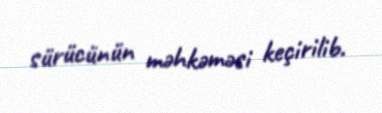
sürücünün məhkəməsi keçirilib.